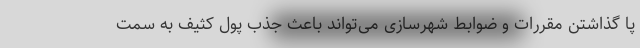
پا گذاشتن مقررات و ضوابط شهرسازی می‌تواند باعث جذب پول کثیف به سمت